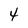
Character: 4